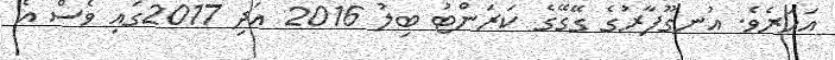
އަހަރެވެ. އުނގޫފާރުގެ ގޭގޭގެ ކަރަންޓު ބިލު 2016 އަދި 2017ގައި ވެސް އެ